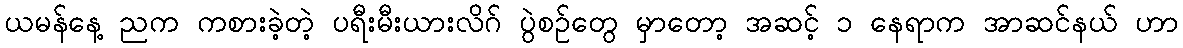
ယမန်နေ့ ညက ကစားခဲ့တဲ့ ပရီးမီးယားလိဂ် ပွဲစဉ်တွေ မှာတော့ အဆင့် ၁ နေရာက အာဆင်နယ် ဟာ